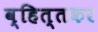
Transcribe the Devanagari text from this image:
व्हित्तकर